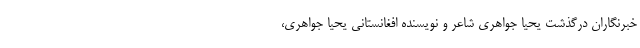
خبرنگاران درگذشت یحیا جواهری شاعر و نویسنده افغانستانی یحیا جواهری،